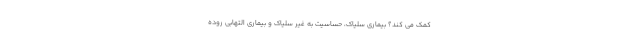
کمک می کند؟ بیماری سلیاک، حساسیت به غیر سلیاک و بیماری التهابی روده